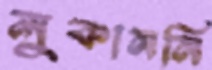
লুকাননি